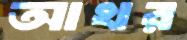
আখর